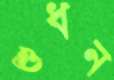
শুধন